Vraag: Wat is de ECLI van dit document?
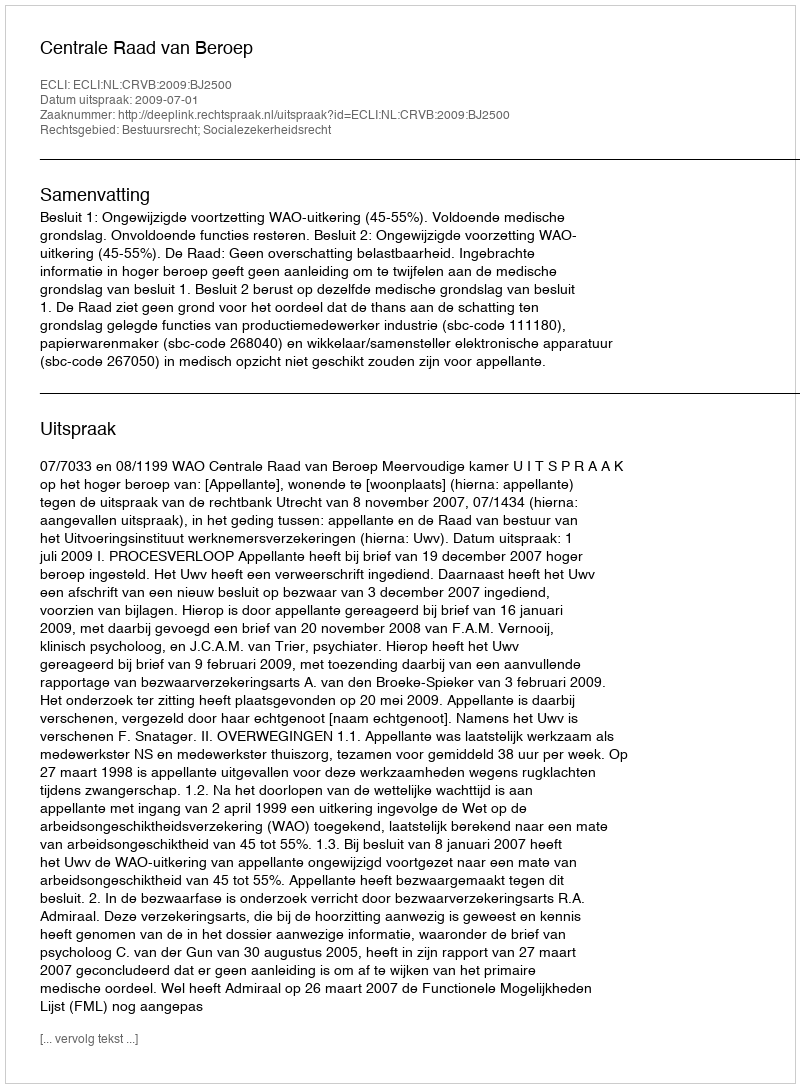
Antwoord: ECLI:NL:CRVB:2009:BJ2500